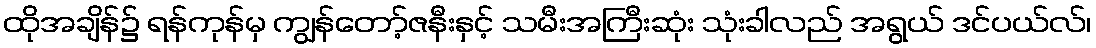
ထိုအချိန်၌ ရန်ကုန်မှ ကျွန်တော့်ဇနီးနှင့် သမီးအကြီးဆုံး သုံးခါလည် အရွယ် ဒင်ပယ်လ်၊